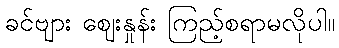
ခင်ဗျား ဈေးနှုန်း ကြည့်စရာမလိုပါ။